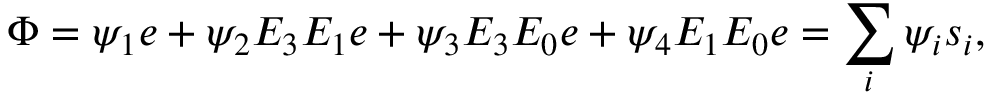
\Phi = \psi _ { 1 } e + \psi _ { 2 } E _ { 3 } E _ { 1 } e + \psi _ { 3 } E _ { 3 } E _ { 0 } e + \psi _ { 4 } E _ { 1 } E _ { 0 } e = \sum _ { i } \psi _ { i } s _ { i } ,